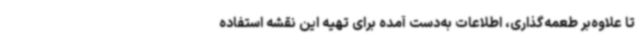
تا علاوه‌بر طعمه‌گذاری، اطلاعات به‌دست آمده برای تهیه این نقشه استفاده